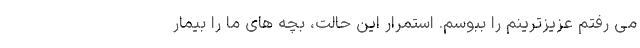
می رفتم عزیزترینم را ببوسم. استمرار این حالت، بچه های ما را بیمار